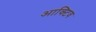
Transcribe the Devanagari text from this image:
आक्टिव